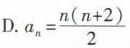
D.$$a_{n}= \frac{n(n+2)}{2}$$